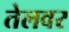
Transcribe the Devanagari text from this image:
तेलवर